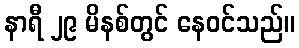
နာရီ ၂၉ မိနစ်တွင် နေဝင်သည်။